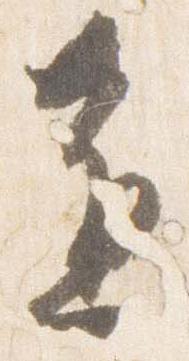
進